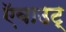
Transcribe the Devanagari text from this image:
ऍबाउट्